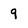
Character: 9